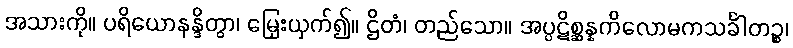
အသားကို။ ပရိယောနန္ဒိတွာ၊ မြှေးယှက်၍။ ဌိတံ၊ တည်သော။ အပ္ပဋိစ္ဆန္နကိလောမကသင်္ခါတဉ္စ၊